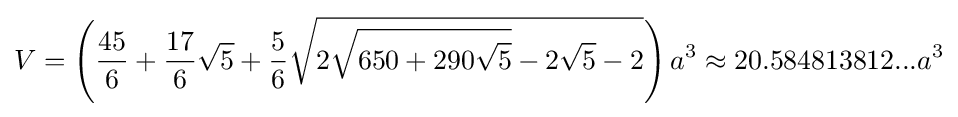
V=\left({\frac {45}{6}}+{\frac {17}{6}}{\sqrt {5}}+{\frac {5}{6}}{\sqrt {2{\sqrt {650+290{\sqrt {5}}}}-2{\sqrt {5}}-2}}\right)a^{3}\approx 20.584813812...a^{3}